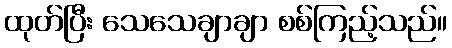
ထုတ်ပြီး သေသေချာချာ စစ်ကြည့်သည်။